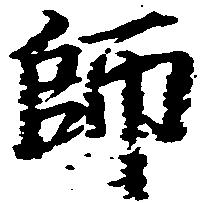
師